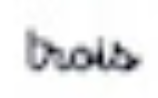
trois